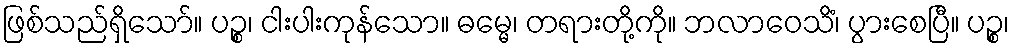
ဖြစ်သည်ရှိသော်။ ပဉ္စ၊ ငါးပါးကုန်သော။ ဓမ္မေ၊ တရားတို့ကို။ ဘလာဝေသိံ၊ ပွားစေပြီ။ ပဉ္စ၊